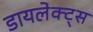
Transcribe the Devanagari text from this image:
डायलेक्ट्स